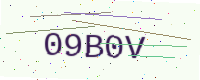
Text: 09B0V